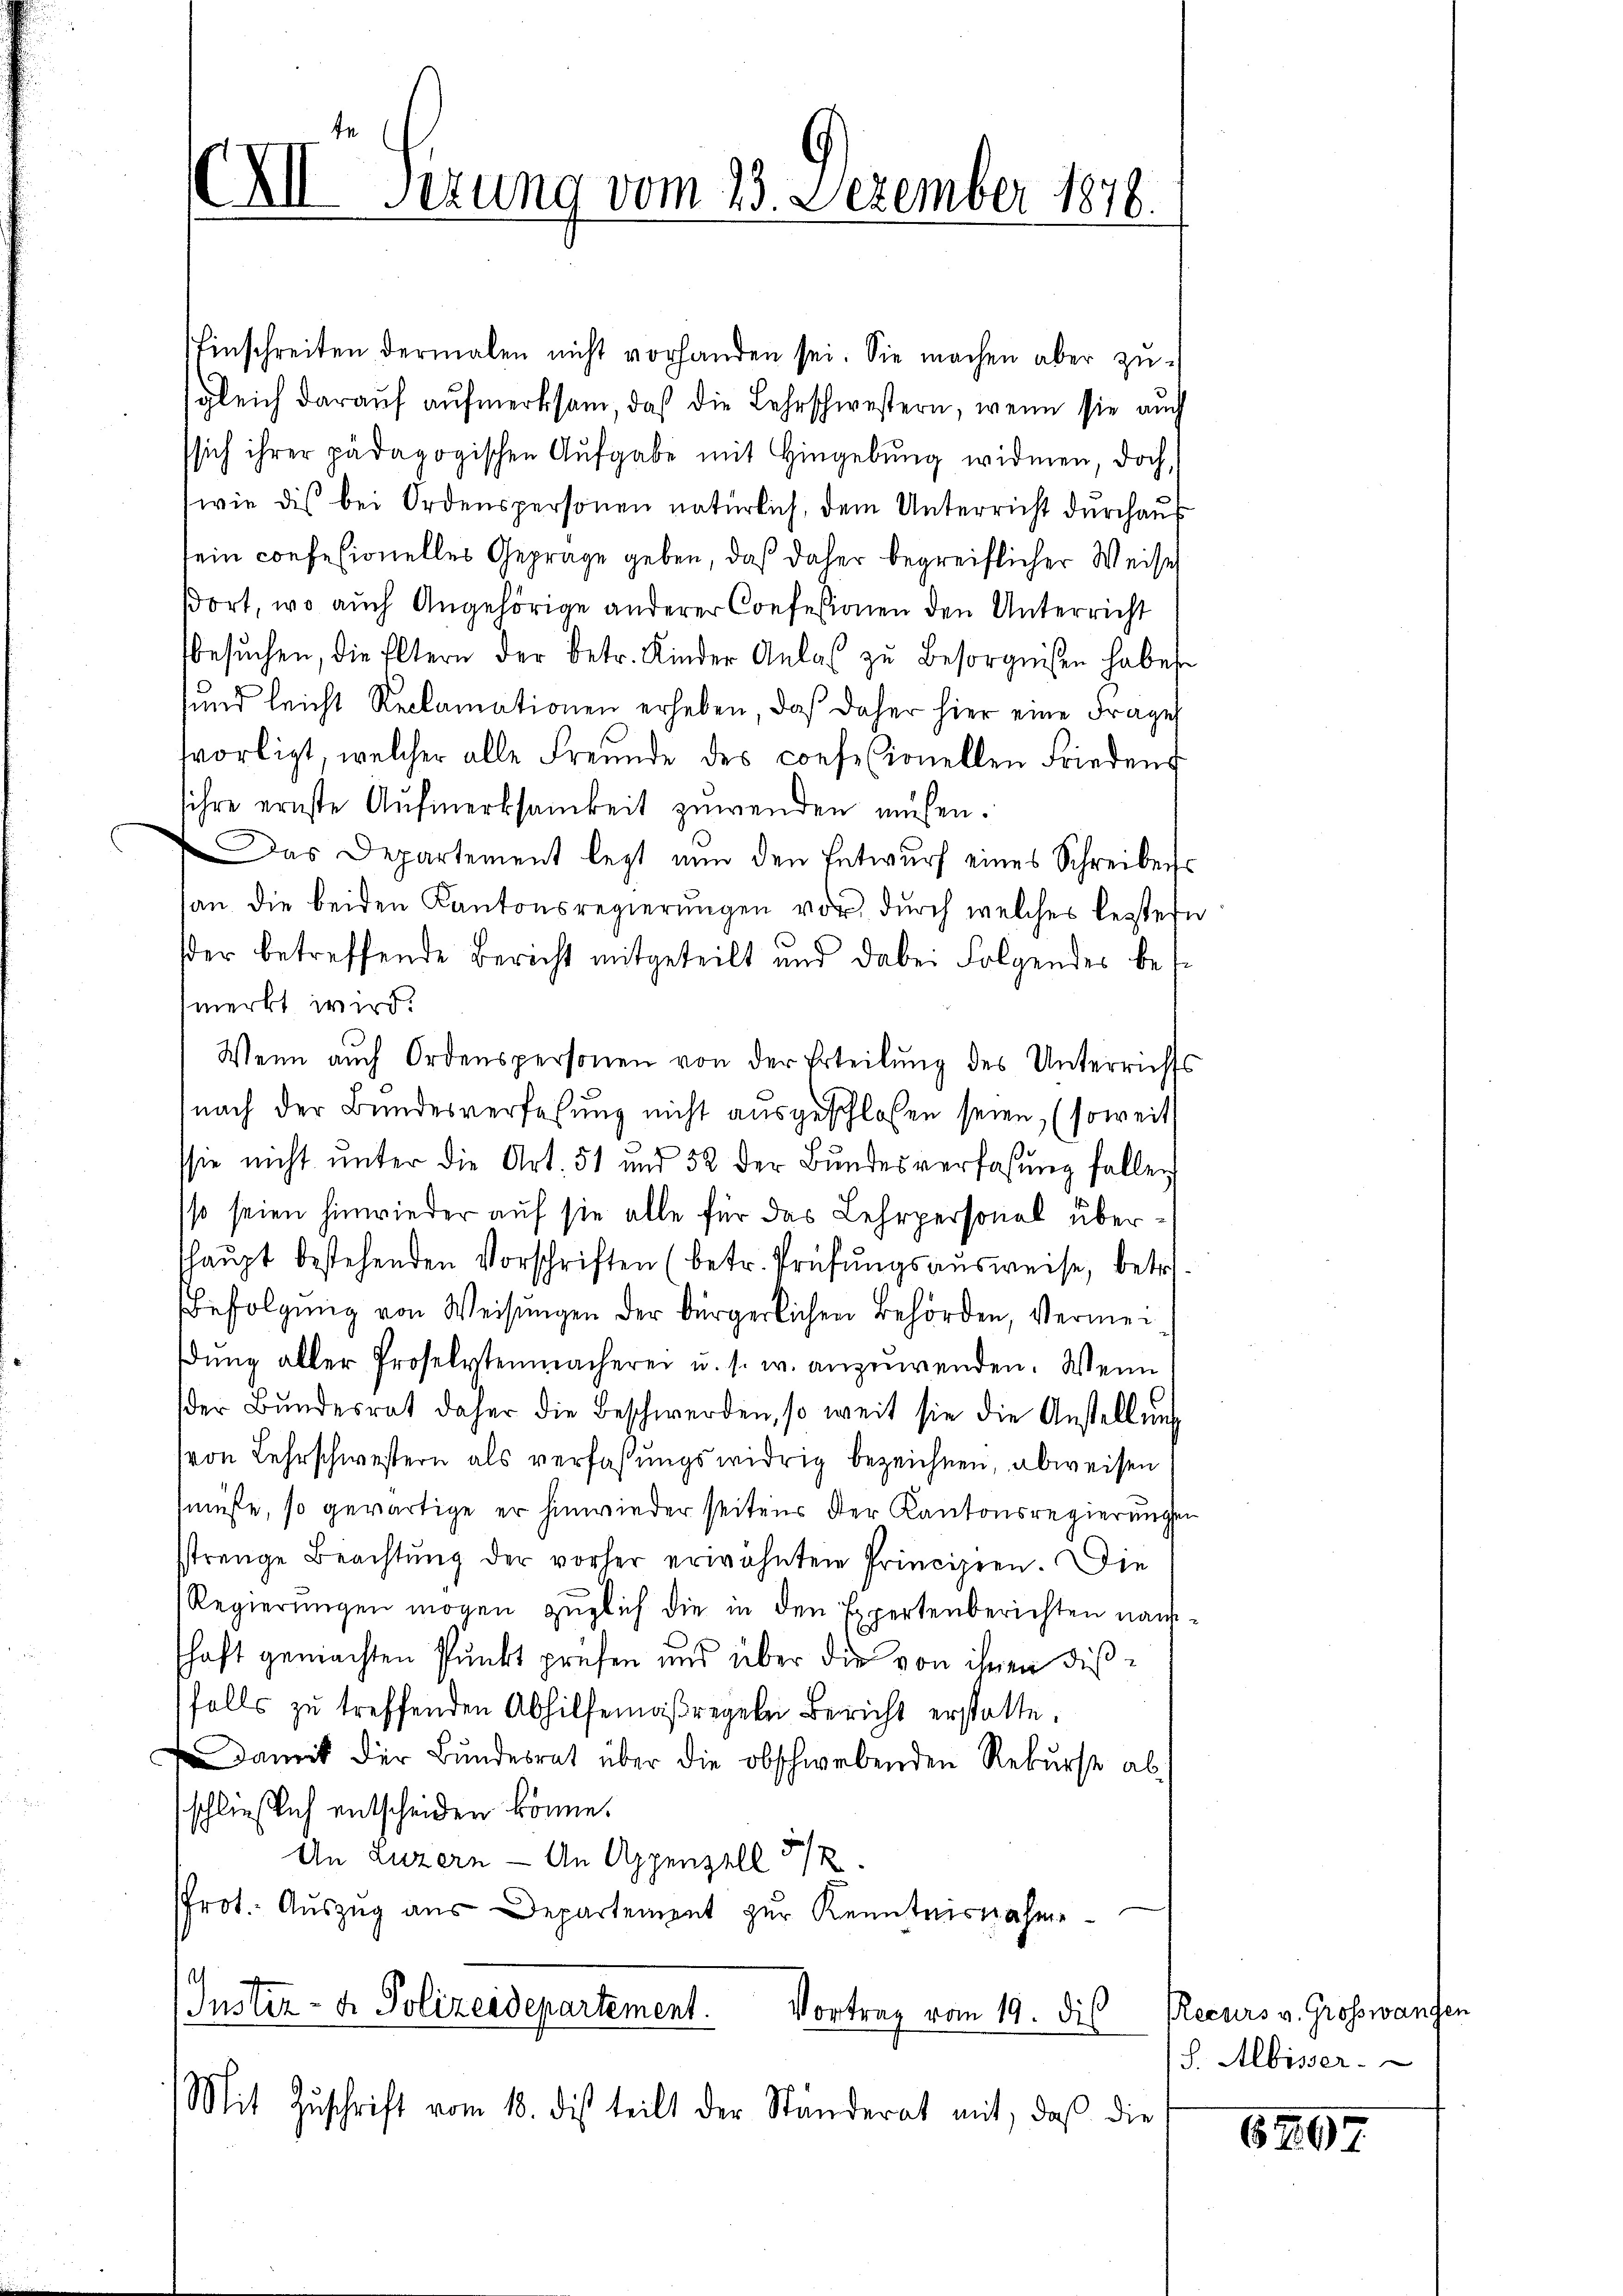
XII Sizung vom 23. Dezember 1878.

Einschreiten dermalen nicht vorhanden sei. Sie machen aber zugleich darauf aufmerksam, daß die Lehrschwestern, wenn sie auch
ssich ihrer pädagogischen Aufgabe mit Hingebŭng widmen, doch,
wie dis bei Ordenspersonen natürlich, dem Unterricht durchaus
sein confesionelles Gepräge geben, daß daher begreiflicher Weises
ßort, wo auch Angehörige anderer Confessionen den Unterricht
esŭchen, die Eltern der betr. Kinder Anlaβ zŭ besorgnißen habes
sund leicht Reclamationen erheben, daß daher hier eine Frages
vorligt, welcher alle Freunde des consesionellen Friedens
sihre ernste Aufmerksamkeit zuwenden müßen.
as Departement lezt nŭn den Entwŭrf eines Schreibens
an die beiden Kantonsregierŭngen vor, durch welches bestes
der betreffende Bericht mitgeteilt und dabei Folgendes bet
fmerkt wird.
Wenn auch Ordenspersonen von der Erteilŭng des Unterrichts
nach der Bundesverfahrung nicht ausgeschlossen seien, (soweit
1
sie nicht ŭnter die Art. 51 und 52 der Bŭndesverfassŭng fallen
sso seien hinwieder auf sie alle für das Lehrpersonal überhaŭpt bestehenden Vorschriften (betr. Prüfungsausweise, betr.
Befolgung von Weisungen der Bürgerlichen Behörden, Vermeidŭng aller Proselytenmacherei u. s. w. anzuwenden. Wenn
der Bŭndesrat daher die Beschwerden, so weit sie die Anstellŭng
(von Lehrschwestern als verfaßungswidrig bezeichnen, abweisen
müsse, so gewärtige er hinwieder seitens der Kantonsregierungen
sstrenge Beachtung der vorher erwähnten Principien. Die
Regierungen mögen züglich die in den Expertenberichten nämschaft gemachten Punkt prüfen und über die von ihnen dießfalls zu treffenden Abhilfemaßregeln Bericht erstatte.
damit der Bundesrat über die obschwebenden Rekurse ab-
sschließlich entscheiden könne.
An Luzern — An Appenzell 5/2
Prot. Aŭszŭg aŭs Departement zur Kenntnisnahme
Justiz- & Polizeidepartement.
Vortrag vom 19. des Recurs v. Großwangen
Mit Zŭschrift vom 18. dis teilt der Ständerat mit, daß die

S. Albisser

6797